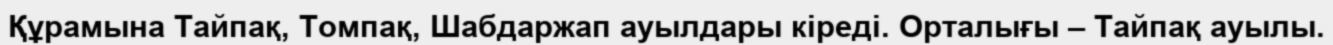
Құрамына Тайпақ, Томпақ, Шабдаржап ауылдары кіреді. Орталығы – Тайпақ ауылы.